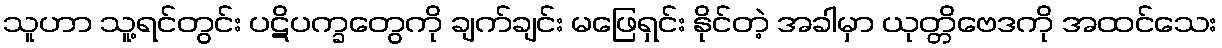
သူဟာ သူ့ရင်တွင်း ပဋိပက္ခတွေကို ချက်ချင်း မဖြေရှင်း နိုင်တဲ့ အခါမှာ ယုတ္တိဗေဒကို အထင်သေး